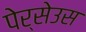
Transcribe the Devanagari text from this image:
पेर्सेउस